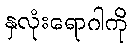
နှလုံးရောဂါကို